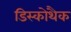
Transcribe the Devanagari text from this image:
डिस्कोथैक